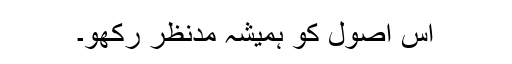
اس اصول کو ہمیشہ مدنظر رکھو۔